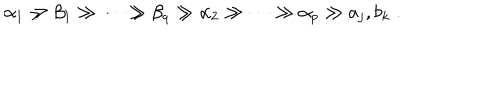
\alpha _ { 1 } \gg \beta _ { 1 } \gg \cdots \gg \beta _ { q } \gg \alpha _ { 2 } \gg \cdots \gg \alpha _ { p } \gg a _ { j } , b _ { k } \; .